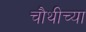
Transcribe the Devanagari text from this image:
चौथीच्या